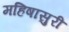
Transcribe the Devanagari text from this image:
महिषासुरी